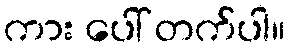
ကား ပေါ် တက်ပါ။